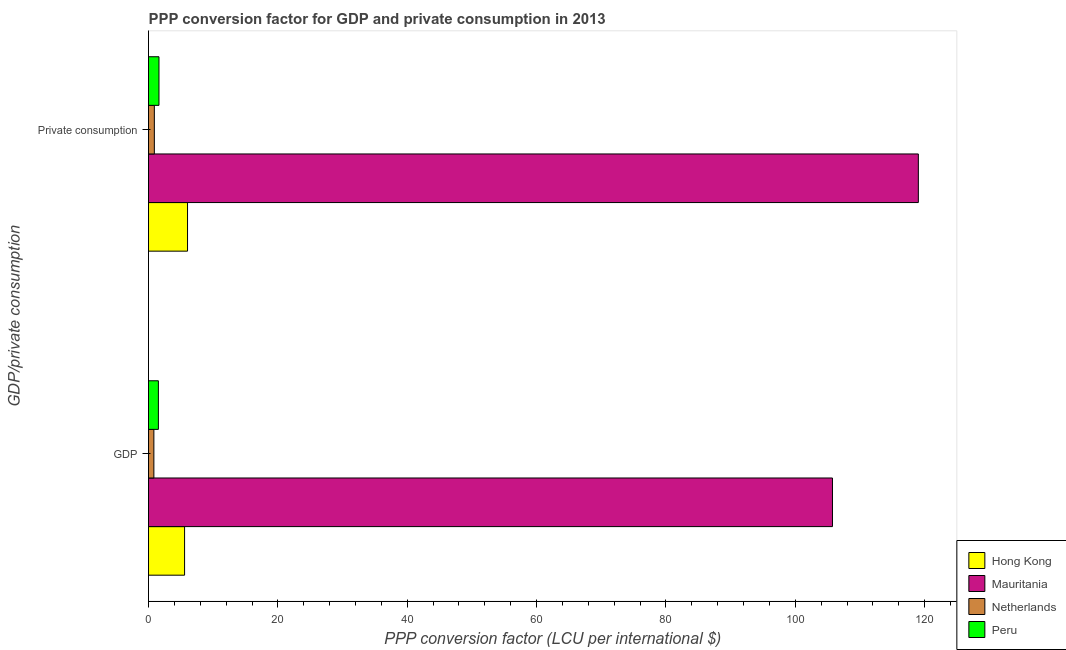
| GDP/private consumption | Hong Kong | Mauritania | Netherlands | Peru |
 | --- | --- | --- | --- | --- |
 | GDP | 5.58 | 106 | 0.829 | 1.53 |
 |  Private consumption | 6.03 | 119 | 0.9 | 1.61 |